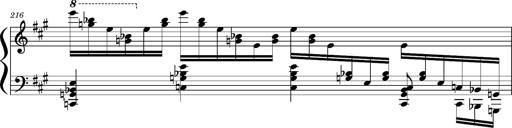
Title: Concerto sans orchestre, S.524a
Composer: Franz Liszt
Key: A major